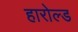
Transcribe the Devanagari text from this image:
हारोल्ड